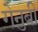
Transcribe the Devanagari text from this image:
गेनुबी